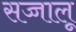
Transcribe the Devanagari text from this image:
सज्जालू